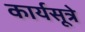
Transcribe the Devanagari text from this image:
कार्यसूत्रे